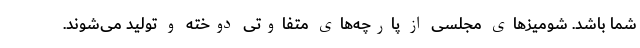
شما باشد. شومیزهای مجلسی از پارچه‌های متفاوتی دوخته و تولید می‌شوند.